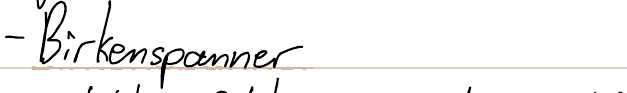
- Birkenspanner